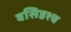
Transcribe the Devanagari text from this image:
वसिष्ठश्च